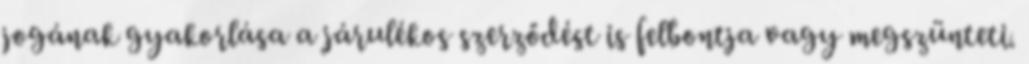
jogának gyakorlása a járulékos szerződést is felbontja vagy megszünteti.